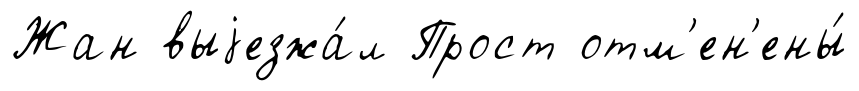
Жан выjезжа́л Прост отм'ен'ены́